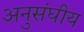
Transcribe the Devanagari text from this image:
अनुसंघीय